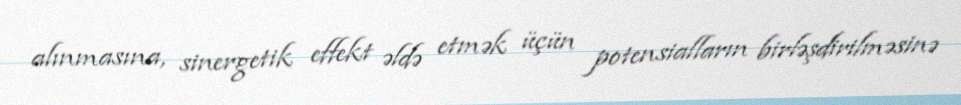
alınmasına, sinergetik effekt əldə etmək üçün potensialların birləşdirilməsinə